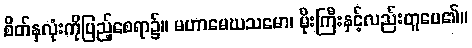
စိတ်နှလုံးကိုပြည့်စေရာ၌။ မဟာမေဃသမော၊ မိုးကြီးနှင့်လည်းတူပေ၏။